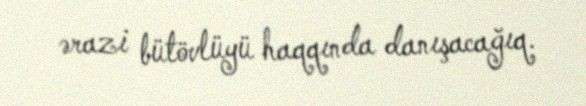
ərazi bütövlüyü haqqında danışacağıq.